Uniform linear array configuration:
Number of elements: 48
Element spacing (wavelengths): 0.75
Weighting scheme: blackman
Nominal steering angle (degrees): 15
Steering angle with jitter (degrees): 14.77
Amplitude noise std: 0.05
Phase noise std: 0.05

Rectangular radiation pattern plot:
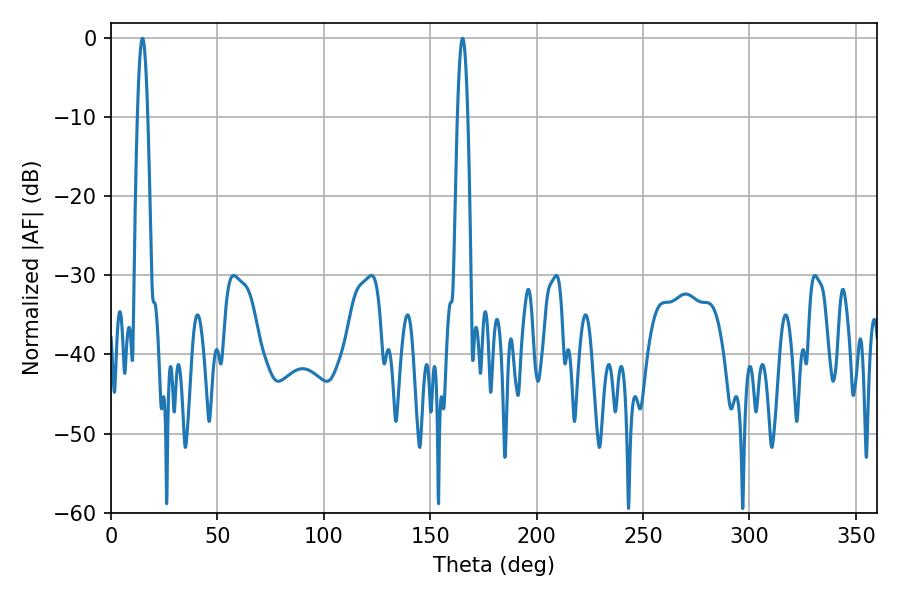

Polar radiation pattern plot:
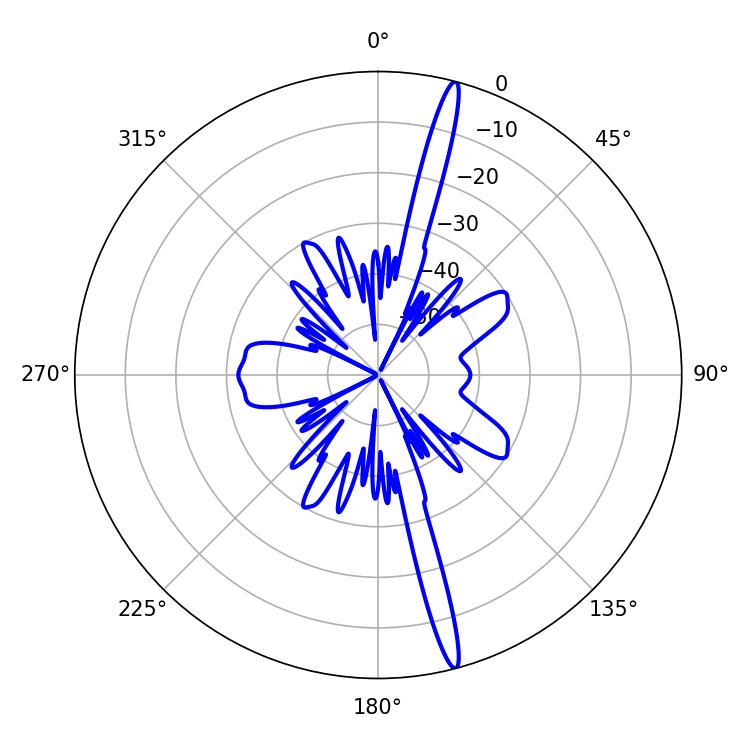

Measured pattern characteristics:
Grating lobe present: TRUE
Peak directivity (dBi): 18.849
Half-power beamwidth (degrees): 2.52
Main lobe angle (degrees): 165.24